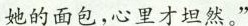
她的面包，心里才坦然。”